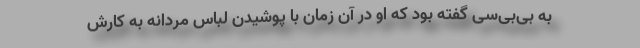
به بی‌بی‌سی گفته بود که او در آن زمان با پوشیدن لباس مردانه به کارش